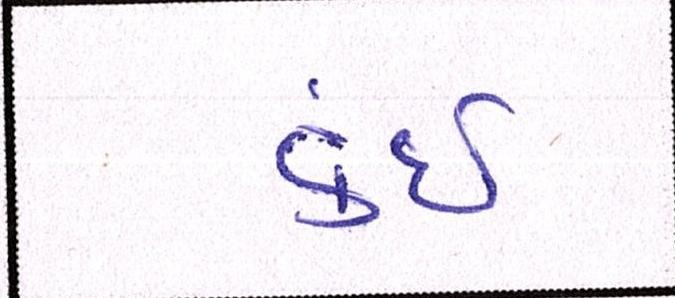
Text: કંઈ